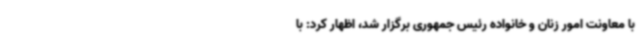
با معاونت امور زنان و خانواده رئیس جمهوری برگزار شد، اظهار کرد: با